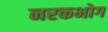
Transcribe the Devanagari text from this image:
नरकभोग